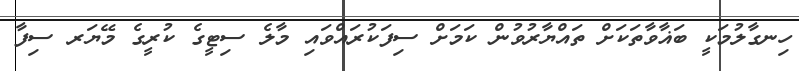
ހިނގާލުމަކީ ބަޣާވާތަކަށް ތައްޔާރުވުން ކަމަށް ސިފަކުރައްވައި މާލެ ސިޓީގެ ކުރީގެ މޭޔަރ ސިފާ